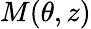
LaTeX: M(\theta,z)